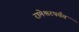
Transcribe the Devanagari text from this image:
रामेश्वरपर्यंत